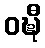
ဝဍ္ဎီ